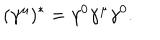
( \gamma ^ { \mu } ) ^ { * } = \gamma ^ { 0 } \gamma ^ { \mu } \gamma ^ { 0 } .